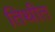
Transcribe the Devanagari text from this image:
तिथीत